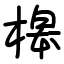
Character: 槔